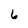
Character: 6